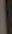
|